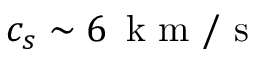
c _ { s } \sim 6 \, { \mathrm { ~ k ~ m ~ } } / { \mathrm { ~ s ~ } }